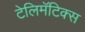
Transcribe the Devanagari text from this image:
टेलिमॅटिक्स